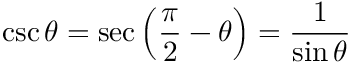
\csc \theta = \sec \left( { \frac { \pi } { 2 } } - \theta \right) = { \frac { 1 } { \sin \theta } }